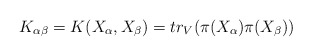
\begin{align*}K_{\alpha\beta} = K(X_\alpha,X_\beta) = tr_V(\pi(X_\alpha)\pi(X_\beta))\end{align*}